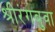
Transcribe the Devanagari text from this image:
श्रीरंगबुवा